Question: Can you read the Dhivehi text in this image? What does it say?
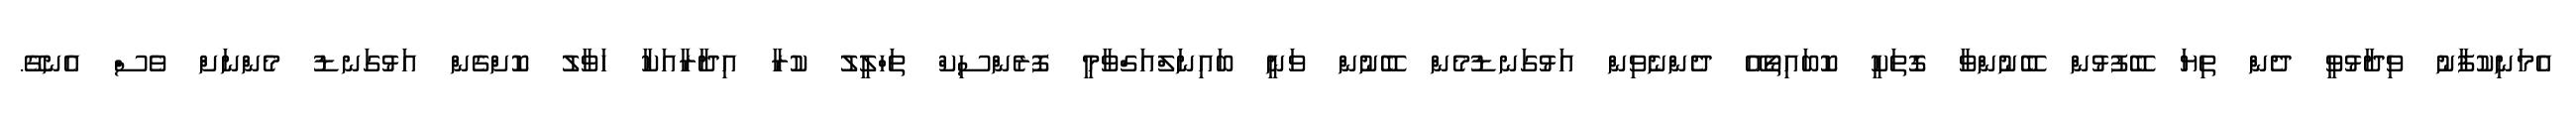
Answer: އެމަނިކުފާނު ވިދާޅުވީ ދެން ތިޔަ ބޭފުޅުން ބޭނުންވާ ގޮތަކީ ކޮބައިތޯއޭ ދެންނެވިން އަޅުގަނޑުމެން ބޭނުން ވަނީ ބައިނަލްއަގްވާމީ ފޮރެންސިކް ތަހްލީލު ކުރާ އިދާރާއަކާ ހަވާލު ކޮށްގެން އަޅުގަނޑު މެންނަށް ވެސް އެނގޭ.